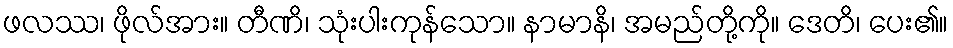
ဖလဿ၊ ဖိုလ်အား။ တီဏိ၊ သုံးပါးကုန်သော။ နာမာနိ၊ အမည်တို့ကို။ ဒေတိ၊ ပေး၏။